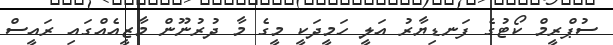
ސުޕްރީމް ކޯޓުގެ ފަނޑިޔާރު އަލީ ހަމީދަކީ މީގެ މާ ދުރުނޫން މާޒީއެއްގައި ރައީސް